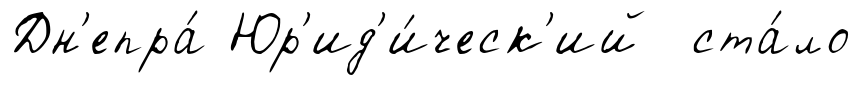
Дн'епра́ Юр'ид'и́ческ'ий ста́ло